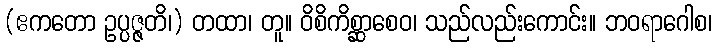
(ဧကတော ဥပ္ပဇ္ဇတိ၊) တထာ၊ တူ။ ဝိစိကိစ္ဆာစေဝ၊ သည်လည်းကောင်း။ ဘဝရာဂေါစ၊